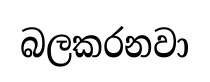
බලකරනවා